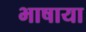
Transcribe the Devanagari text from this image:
भाषाया